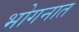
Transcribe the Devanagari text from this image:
भोगनात